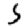
Digit: 5